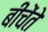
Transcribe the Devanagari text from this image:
बीचेंते